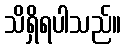
သိရှိရပါသည်။